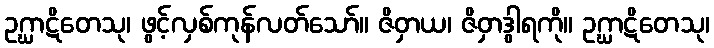
ဥဂ္ဃာဋိတေသု၊ ဖွင့်လှစ်ကုန်လတ်သော်။ ဇိဝှာယ၊ ဇိဝှာဒွါရကို။ ဥဂ္ဃာဋိတေသု၊